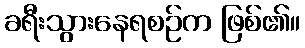
ခရီးသွားနေရစဉ်က ဖြစ်၏။